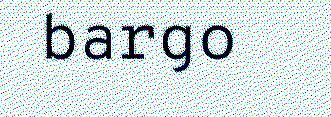
bargo